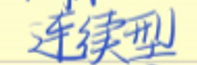
连续型